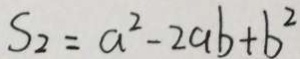
S _ { 2 } = a ^ { 2 } - 2 a b + b ^ { 2 }